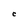
Character: C